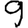
Digit: 9